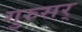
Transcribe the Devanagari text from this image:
गुरुसर्